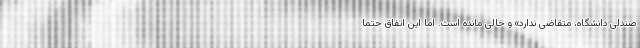
صندلی دانشگاه، متقاضی ندارد» و خالی مانده است. اما این اتفاق حتما